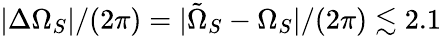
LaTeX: |\Delta\Omega_{S}|/(2\pi)=|\tilde{\Omega}_{S}-\Omega_{S}|/(2\pi)\lesssim 2.1